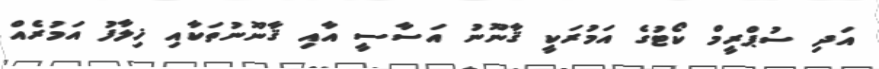
އަދި ސުޕްރީމް ކޯޓުގެ އަމުރަކީ ޤާނޫނު އަސާސީ އާއި ޤާނޫނުތަކާއި ޚިލާފު އަމުރެއް